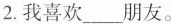
2.我喜欢___朋友。